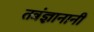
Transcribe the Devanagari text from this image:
तत्रंज्ञानानी